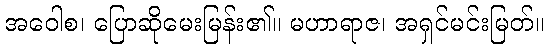
အဝေါစ၊ ပြောဆိုမေးမြန်း၏။ မဟာရာဇ၊ အရှင်မင်းမြတ်။